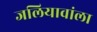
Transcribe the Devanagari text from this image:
जलियावांला